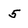
Character: 5